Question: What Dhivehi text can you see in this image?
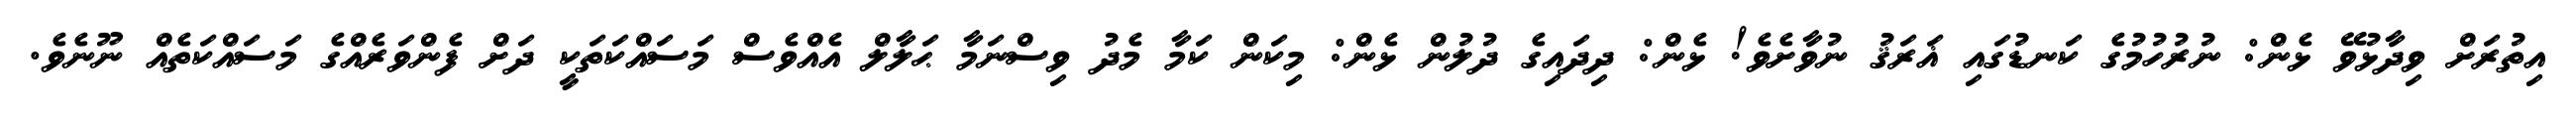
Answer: އިތުރަށް ވިދާޅުވޭ ޅެން: ނުރުހުމުގެ ކަނޑުގައި ޣަރަޤު ނުވާށެވެ! ޅެން: ދިދައިގެ ދުލުން ޅެން: މިކަން ކަމާ މެދު ވިސްނަމާ ޙަލާލް އެއްވެސް މަސައްކަތަކީ ދަށް ފެންވަރެއްގެ މަސައްކަތެއް ނޫނެވެ.